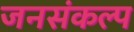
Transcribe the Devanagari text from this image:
जनसंकल्प